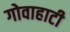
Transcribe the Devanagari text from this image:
गोवाहाटी